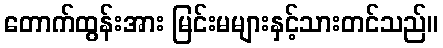
တောက်ထွန်းအား မြင်းမများနှင့်သားတင်သည်။